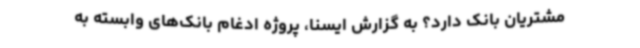
مشتریان بانک دارد؟ به گزارش ایسنا، پروژه ادغام بانک‌های وابسته به